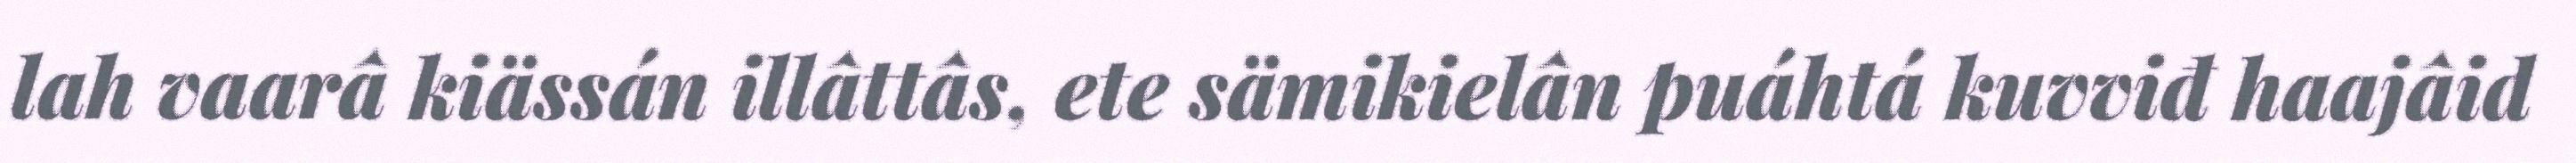
lah vaarâ kiässán illâttâs, ete sämikielân puáhtá kuvviđ haajâid